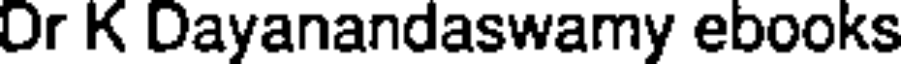
Or K Dayanandaswamy ebooks